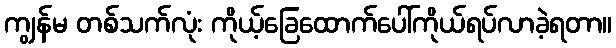
ကျွန်မ တစ်သက်လုံး ကိုယ့်ခြေထောက်ပေါ်ကိုယ်ရပ်လာခဲ့ရတာ။